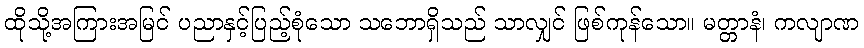
ထိုသို့အကြားအမြင် ပညာနှင့်ပြည့်စုံသော သဘောရှိသည် သာလျှင် ဖြစ်ကုန်သော။ မတ္တာနံ၊ ကလျာဏ